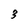
Character: 3